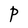
Character: P